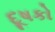
દૂષકો